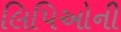
લિપિઓની